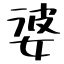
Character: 婆